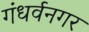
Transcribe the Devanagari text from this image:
गंधर्वनगर